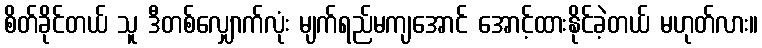
စိတ်ခိုင်တယ် သူ ဒီတစ်လျှောက်လုံး မျက်ရည်မကျအောင် အောင့်ထားနိုင်ခဲ့တယ် မဟုတ်လား။